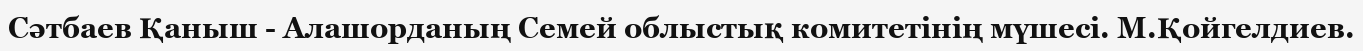
Сәтбаев Қаныш - Алашорданың Семей облыстық комитетінің мүшесі. М.Қойгелдиев.